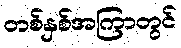
တစ်နှစ်အကြာတွင်